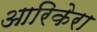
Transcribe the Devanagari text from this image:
आरिकेरा